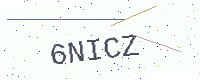
Text: 6NICZ